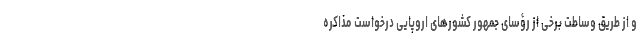
و از طریق وساطت برخی از رؤسای جمهور کشورهای اروپایی درخواست مذاکره